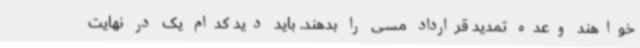
خواهند وعده تمدید قرارداد مسی را بدهند. باید دید کدام یک در نهایت